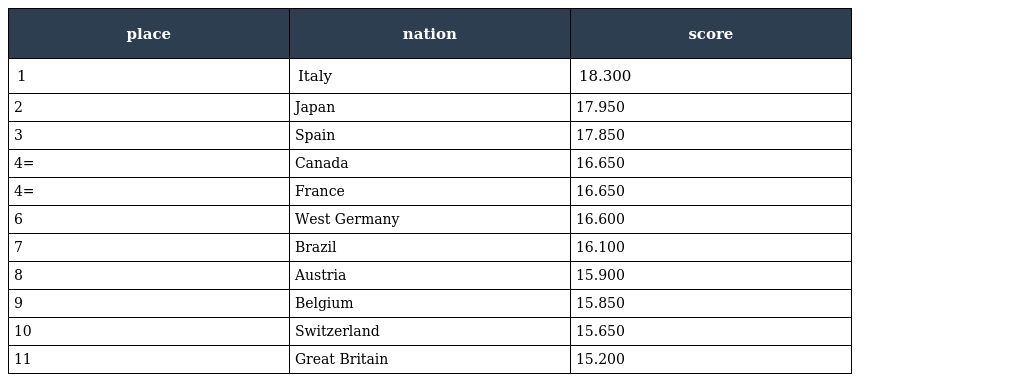
| place | nation | score |
 | --- | --- | --- |
 | 1 | Italy | 18.300 |
 | 2 | Japan | 17.950 |
 | 3 | Spain | 17.850 |
 | 4= | Canada | 16.650 |
 | 4= | France | 16.650 |
 | 6 | West Germany | 16.600 |
 | 7 | Brazil | 16.100 |
 | 8 | Austria | 15.900 |
 | 9 | Belgium | 15.850 |
 | 10 | Switzerland | 15.650 |
 | 11 | Great Britain | 15.200 |